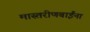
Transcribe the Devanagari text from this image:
मास्तरीणबाईंना